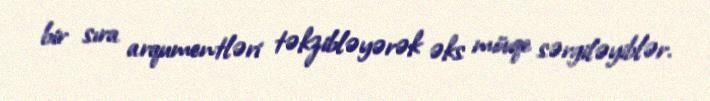
bir sıra arqumentləri təkzibləyərək əks mövqe sərgiləyiblər.